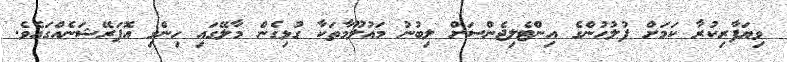
ވިޔަފާރިކުރާ ކަމަށް ފުލުހުންގެ އިންޓެލިޖެންސަށް ލިބުނު މައުލޫމާތަކާ ގުޅިގެން މާލޭގައި ހިންގި އޮޕަރޭޝަނެއްގައެވެ.